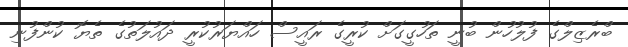
ބްރެޒިލްގެ ފުލުހުން ބުނީ ތަހުގީގަށް ކުރީގެ ރައީސް ހައްޔަރުކުރީ ދައުލަތުގެ ތެޔޮ ކުންފުނި